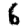
Digit: 6